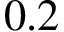
0 . 2